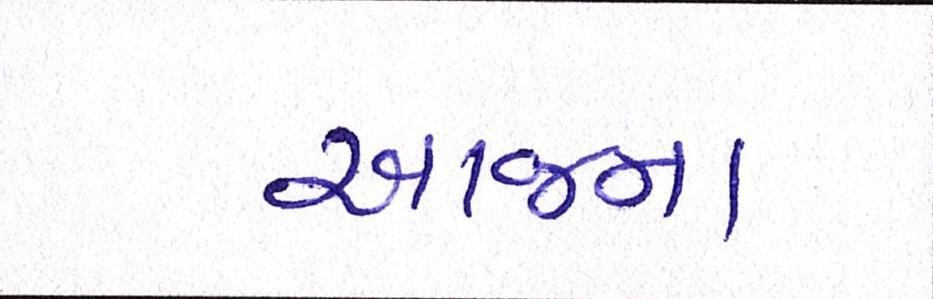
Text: આજના